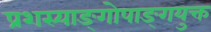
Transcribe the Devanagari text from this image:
प्रशस्याङ्‌गोपाङ्‌गयुक्त